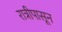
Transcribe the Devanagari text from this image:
रात्रीपासून